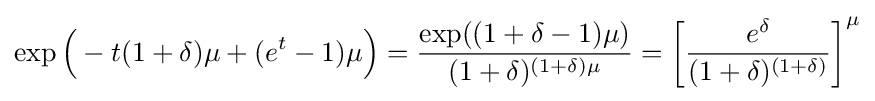
\exp {\Big (}-t(1+\delta )\mu +(e^{t}-1)\mu {\Big )}={\frac {\exp((1+\delta -1)\mu )}{(1+\delta )^{(1+\delta )\mu }}}=\left[{\frac {e^{\delta }}{(1+\delta )^{(1+\delta )}}}\right]^{\mu }